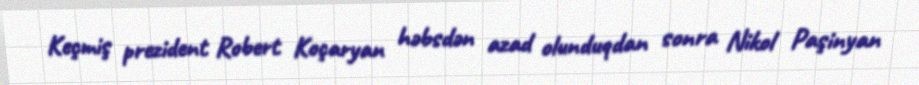
Keçmiş prezident Robert Koçaryan həbsdən azad olunduqdan sonra Nikol Paşinyan